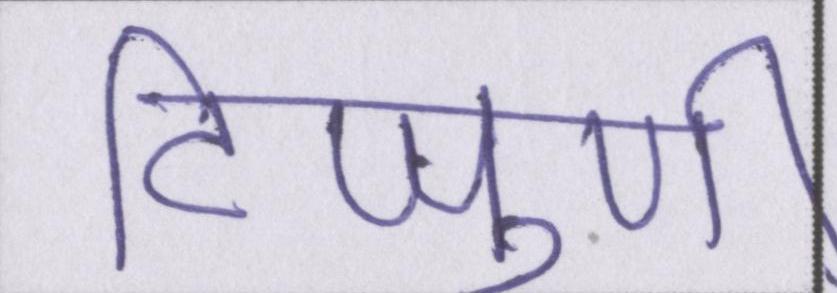
टिप्पुणी